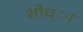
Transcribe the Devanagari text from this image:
शोध्ा